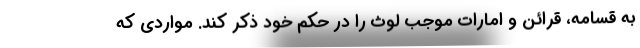
به قسامه، قرائن و امارات موجب لوث را در حکم خود ذکر کند. مواردی که